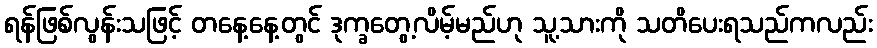
ရန်ဖြစ်လွန်းသဖြင့် တနေ့နေ့တွင် ဒုက္ခတွေ့လိမ့်မည်ဟု သူ့သားကို သတိပေးရသည်ကလည်း